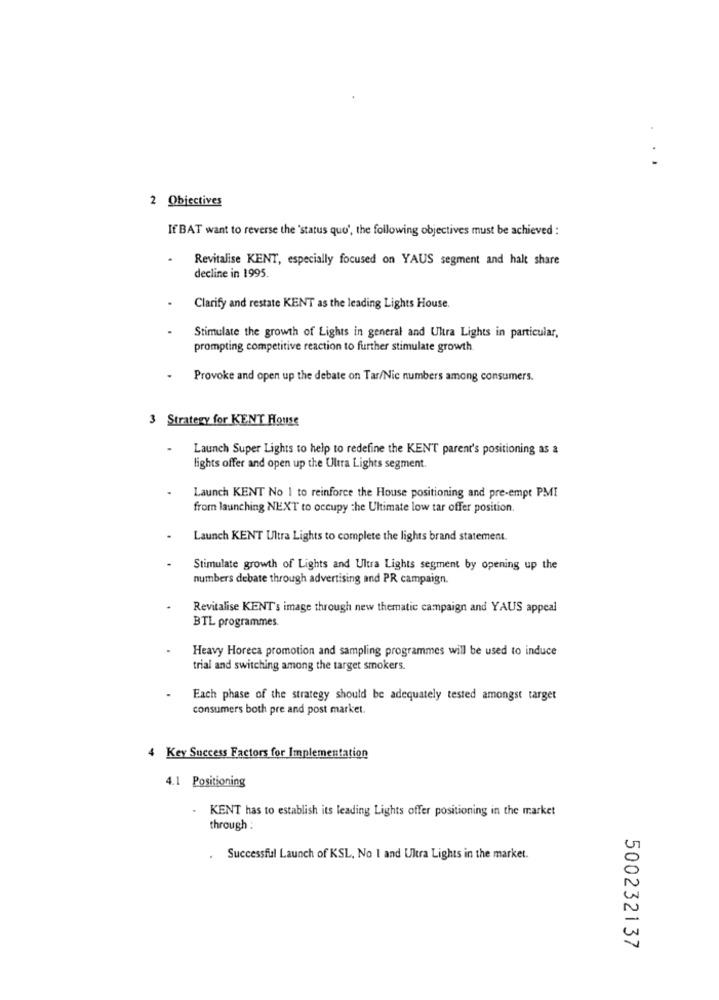
2 Objectives
If BAT want to reverse the 'status quo', the following objectives must be achieved :
Revitalise KENT, especially focused on YAUS segment and halt share
decline in 1995.
Clarify and restate KENT as the leading Lights House.
Stimulate the growth of Lights in general and Ultra Lights in particular,
prompting competitive reaction to further stimulate growth
Provoke and open up the debate on Tar/Nic numbers among consumers.
3 Strategy for KENT House
Launch Super Lights to help to redefine the KENT parent's positioning as a
lights offer and open up the Ultra Lights segment.
Launch KENT No I to reinforce the House positioning and pre-empt PMI
from launching NEXT to occupy the Ultimate low tar offer position.
Launch KENT Ultra Lights to complete the lights brand statement.
Stimulate growth of Lights and Ultra Lights segment by opening up the
numbers debate through advertising and PR campaign.
Revitalise KENT's image through new thematic campaign and YAUS appeal
BTL programmes.
Heavy Horeca promotion and sampling programmes will be used to induce
trial and switching among the target smokers.
Each phase of the strategy should be adequately tested amongst target
consumers both pre and post market.
4 Key Success Factors for Implementation
4.1 Positioning
KENT has to establish its leading Lights offer positioning in the market
through :
.
Successful Launch of KSL, No I and Ultra Lights in the market.
500232137